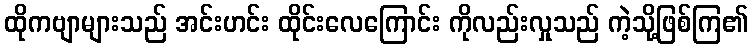
ထိုကဗျာများသည် အင်းဟင်း ထိုင်းလေကြောင်း ကိုလည်းလှုသည် ကဲ့သို့ဖြစ်ကြ၏